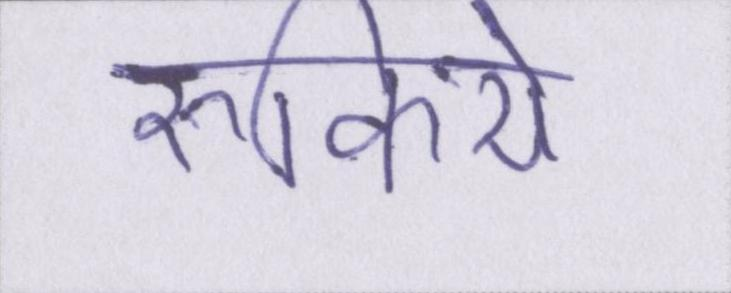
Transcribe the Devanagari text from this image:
रुकिये